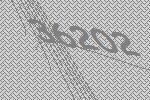
36202